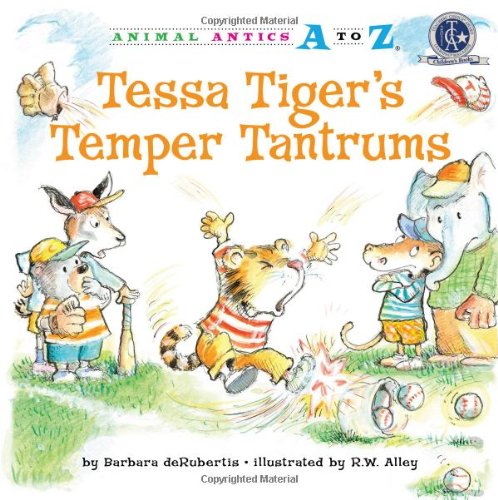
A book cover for Tessa Tiger's Temper Tantrums (Animal Antics A to Z); Barbara deRubertis; Children's Books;